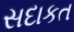
સદાકત